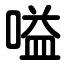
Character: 嗌